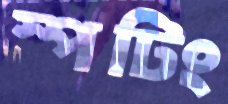
স্পটিং